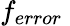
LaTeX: f_{error}\